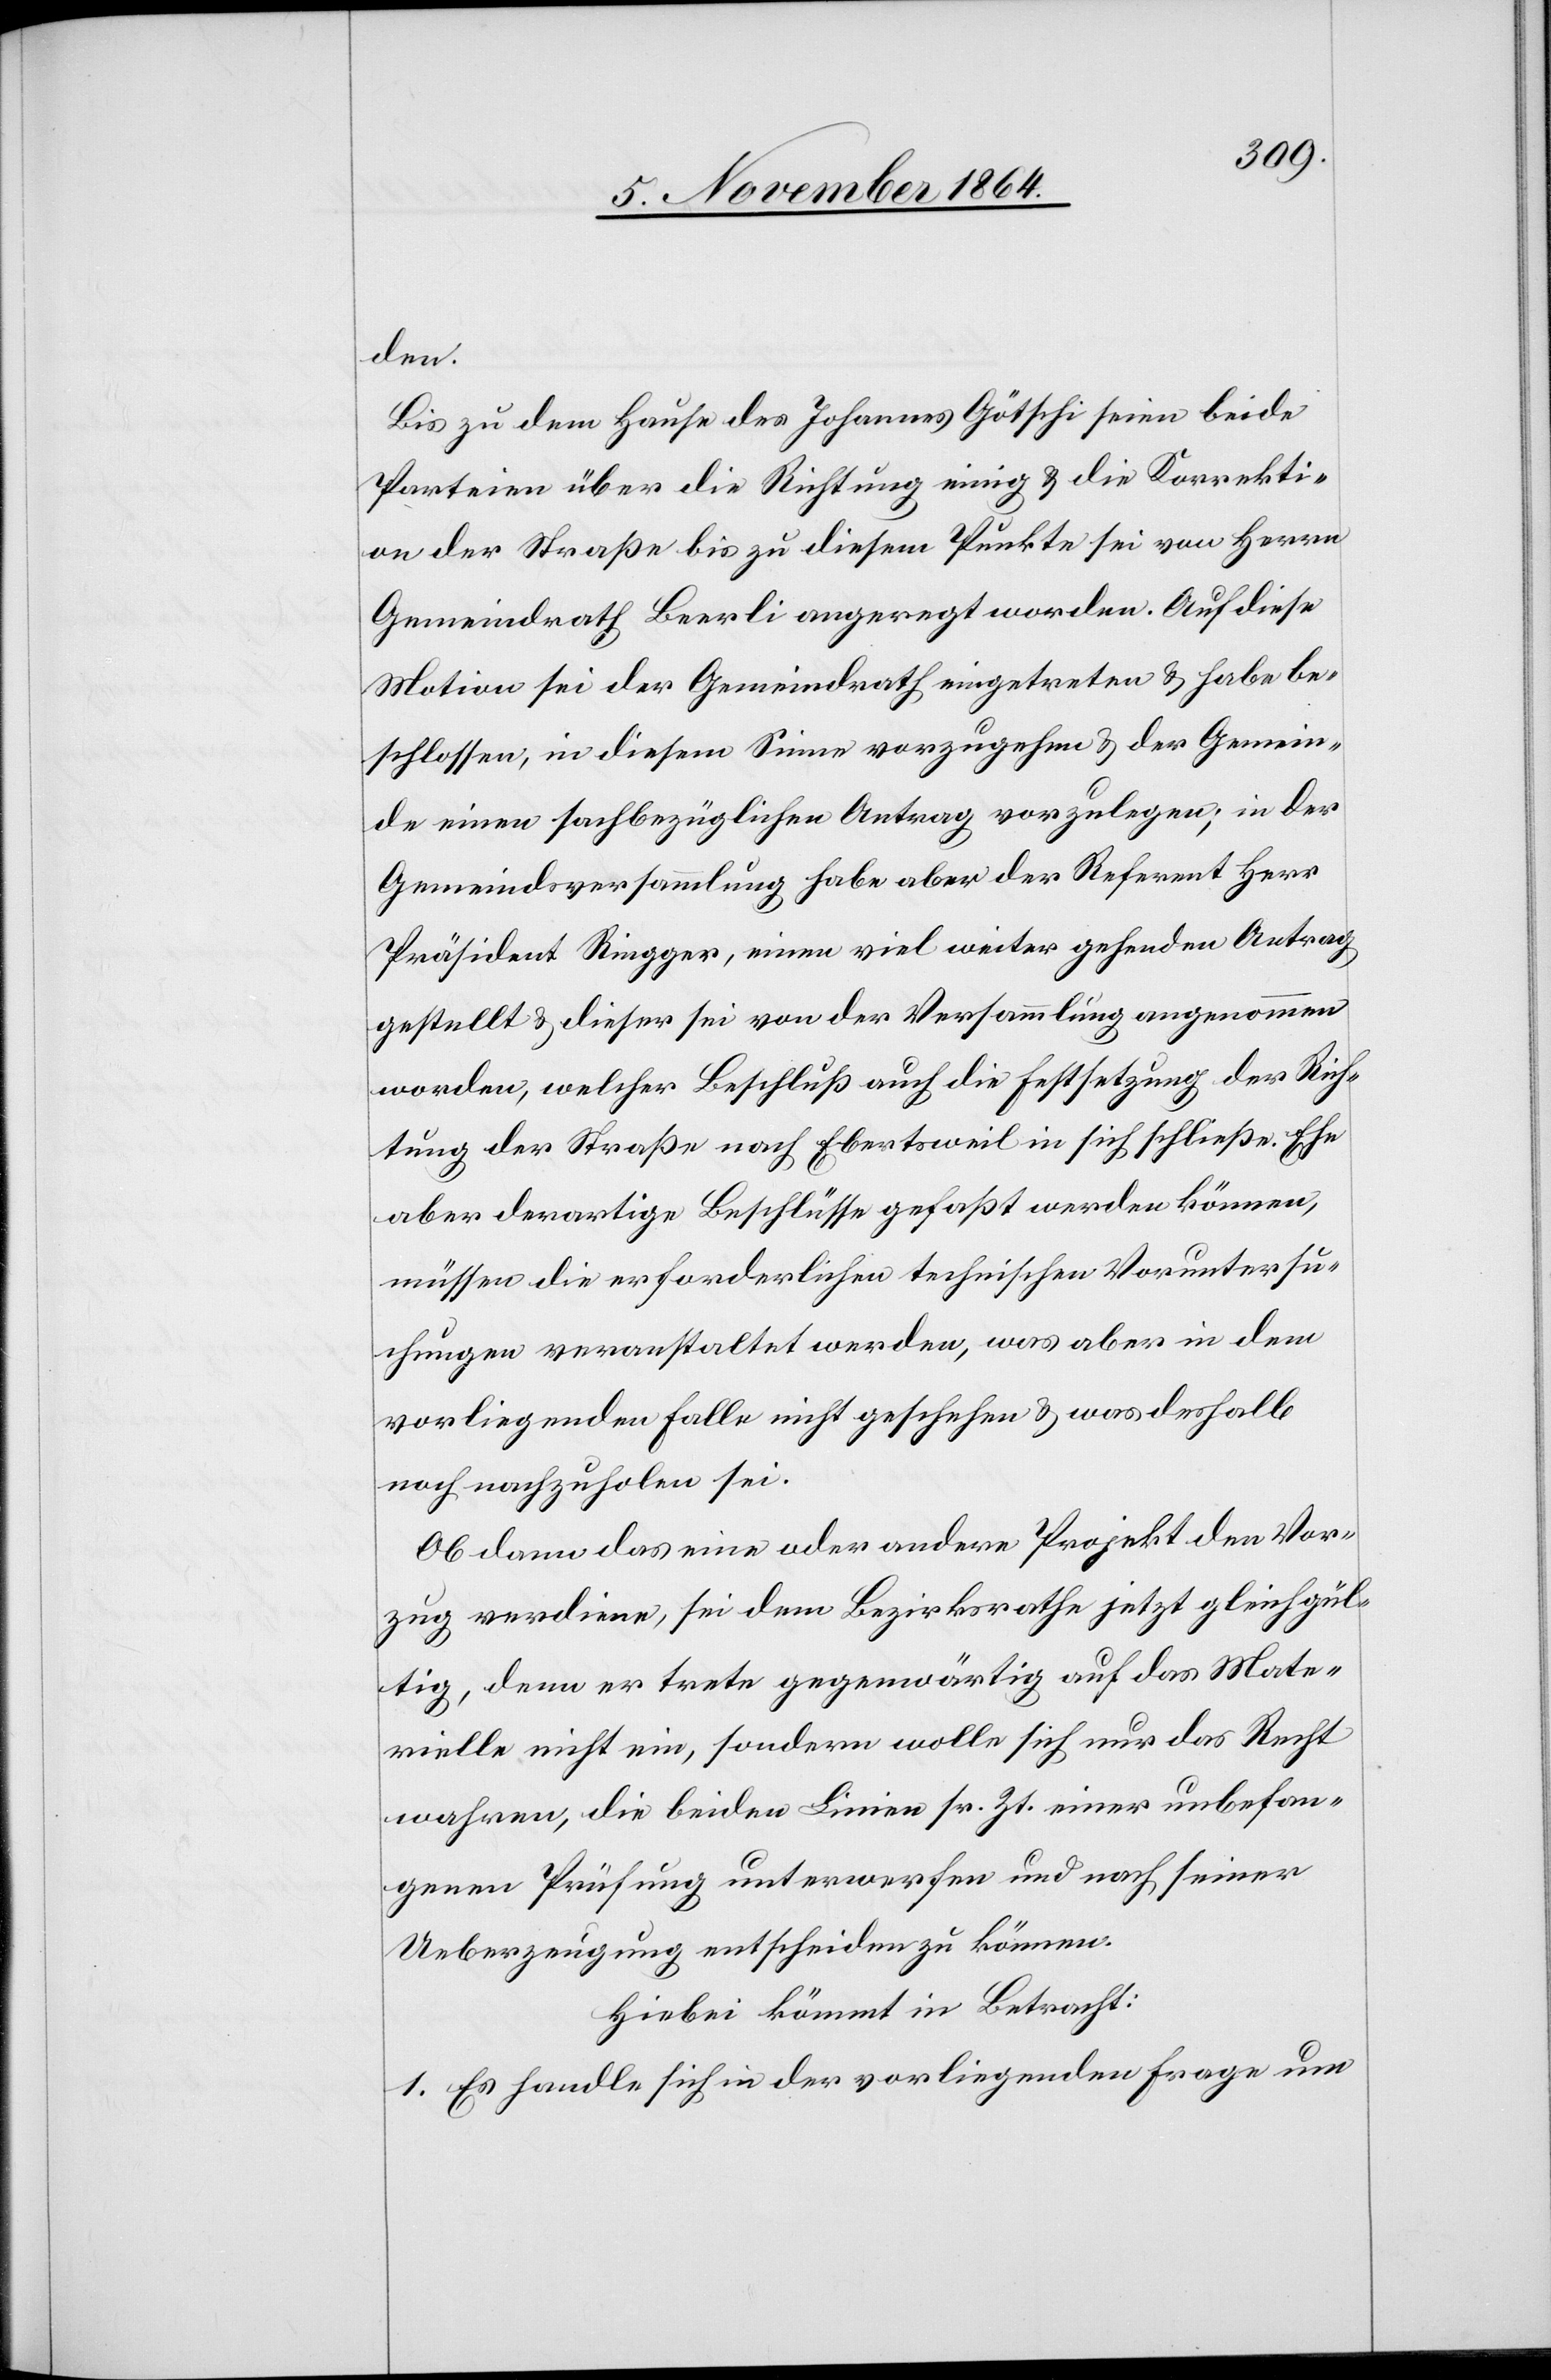
den.
Bis zu dem Hause des Johannes Götschi seien beide
Parteien über die Richtung einig & die Korrekti¬
on der Straße bis zu diesem Punkte sei von Herrn
Gemeindrath Beerli angeregt worden. Auf diese
Motion sei der Gemeindrath eingetreten & habe be¬
schlossen, in diesem Sinne vorzugehen & der Gemein¬
de einen sachbezüglichen Antrag vorzulegen; in der
Gemeindeversammlung habe aber der Referent Herr
Präsident Ringger, einen viel weiter gehenden Antrag
gestellt & dieser sei von der Versammlung angenommen
worden, welcher Beschluß auch die Festsetzung der Rich¬
tung der Straße nach Ebertsweil in sich schließe. Ehe
aber derartige Beschlüsse gefaßt werden können,
müssen die erforderlichen technischen Voruntersu¬
chungen veranstaltet werden, was aber in dem
vorliegenden Falle nicht geschehen & was deshalb
noch nachzuholen sei.
Ob dann das eine oder andere Projekt den Vor¬
zug verdiene, sei dem Bezirksrath jetzt gleichgül¬
tig, denn er trete gegenwärtig auf das Mate¬
rielle nicht ein, sondern wolle sich nur das Recht
wahren, die beiden Linien sr. Zt. einer unbefan¬
genen Prüfung unterwerfen und nach seiner
Ueberzeugung entscheiden zu können.
Hiebei kommt in Betracht:
1. Es handle sich in der vorliegenden Frage um